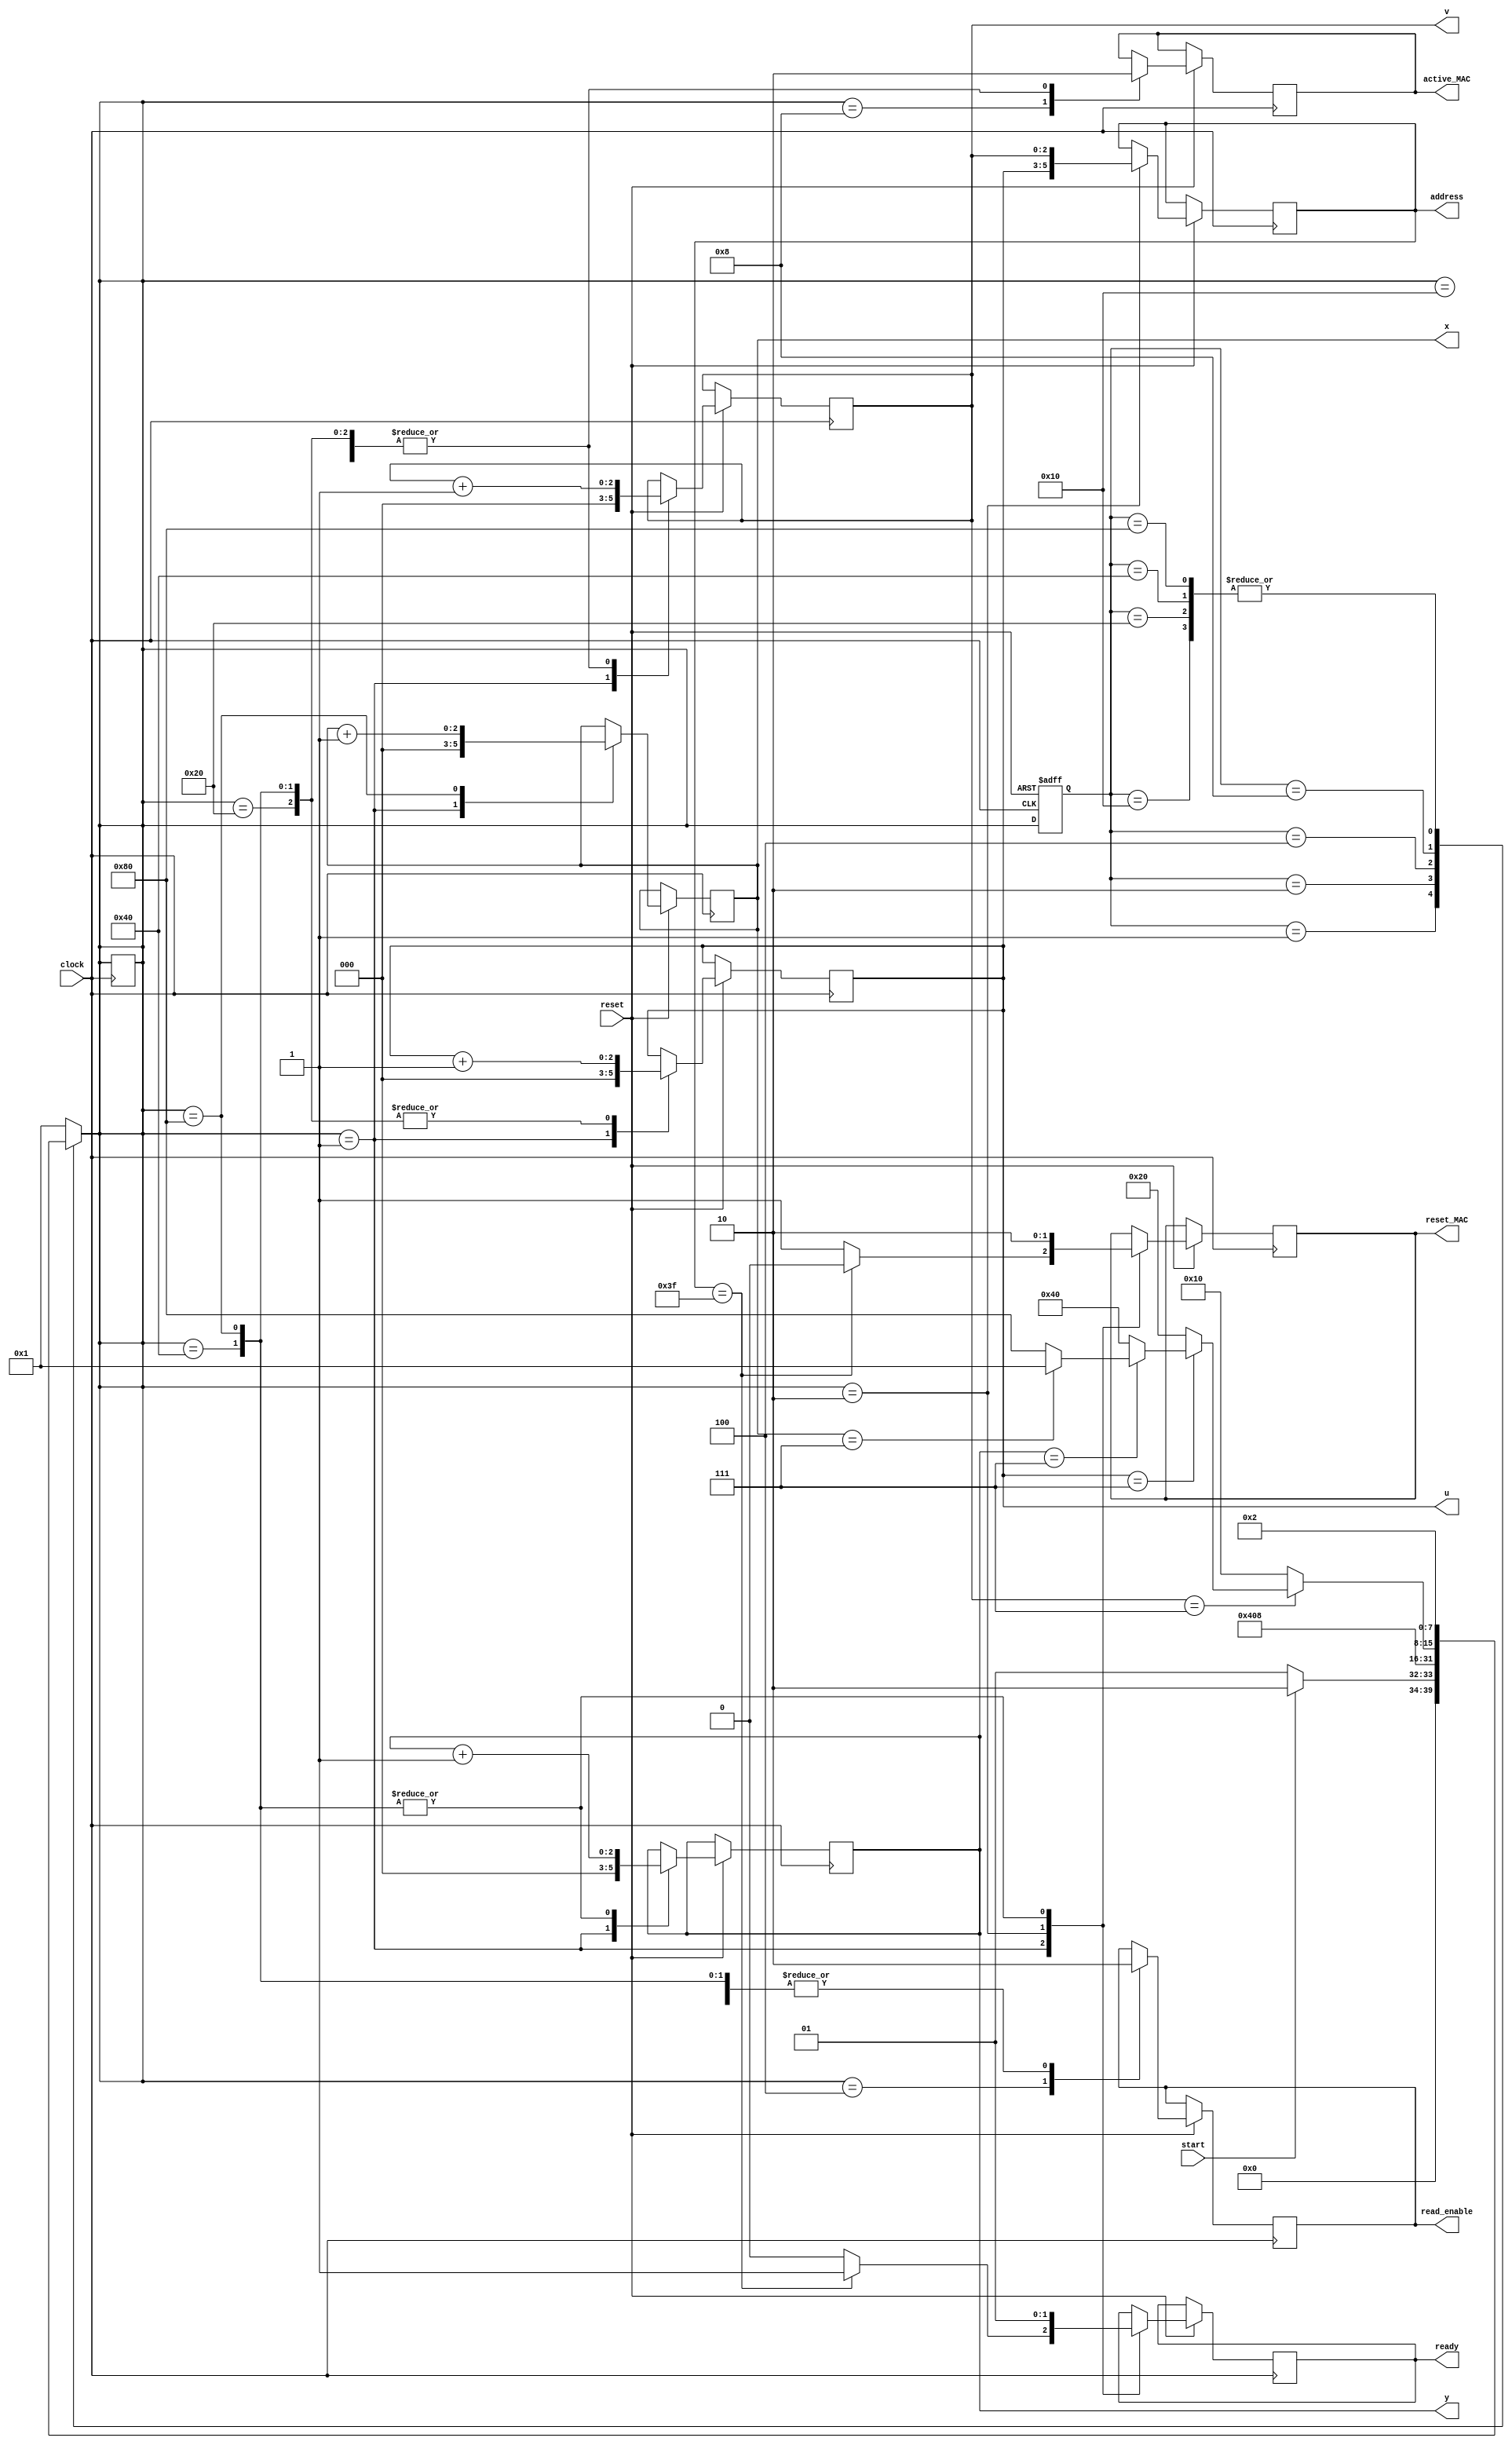
module FSM_Control(start, clock, reset, ready, u, v, x, y, active_MAC, read_enable, address, reset_MAC);
input start, clock, reset;
output reg[2:0] u, v, x, y;
output reg active_MAC, read_enable, reset_MAC, ready;
output reg[5:0] address;
reg[7:0] current_state, next_state;

parameter 
	idle_state = 8'b00000001,
	get_address = 8'b00000010,
	enable_read = 8'b00000100,
	accumulate = 8'b00001000,
	increase_v = 8'b00010000,
	increase_u = 8'b00100000,
	increase_y = 8'b01000000,
	increase_x = 8'b10000000;


always @ (current_state or start or u or v or x or y)
begin
case (current_state)
	idle_state : 
		begin 
			if (start) next_state = get_address;
			else next_state = idle_state;
		end
	get_address : 
		begin
			next_state = enable_read;
		end
	enable_read : 
		begin
			next_state = accumulate;
		end
	accumulate : 
		begin
			if (v == 3'b111)
				begin
					if (u == 3'b111) 
						begin
							if (y == 3'b111)
								begin
									if (x == 3'b111)
										begin
											next_state = idle_state;
										end
									else next_state = increase_x;
								end
							else next_state = increase_y;
						end
					else next_state = increase_u;
				end
			else next_state = increase_v;
		end
	increase_v:
		begin
			next_state = get_address;
		end
	increase_u:
		begin
			next_state = get_address;
		end
	increase_y:
		begin
			next_state = get_address;
		end
	increase_x:
		begin
			next_state = get_address;
		end
	default : next_state = idle_state;
endcase
end

always @ (posedge clock or negedge reset) 
begin
	if (!reset)
		current_state <= idle_state;
	else
	begin
		current_state <= next_state;
		case (next_state)
			idle_state: 
				begin
					u <= 000;
					v <= 000;
					x <= 000;
					y <= 000;
					read_enable <= 0;

					if (address == 6'b111111) 
					begin
						ready <= 1;
						reset_MAC <= 0;
					end
					else begin
						ready <= 0;
						reset_MAC <= 1;
					end
				end
			get_address: 
				begin
					address <= {u, v};
					reset_MAC <= 1;
					ready <= 0;
				end
			enable_read:
				begin
					read_enable <= 1;
				end
			accumulate:
				begin
					active_MAC <= 1;
				end
			increase_v:
				begin
					read_enable <= 0;
					active_MAC <= 0;
					v <= v + 1;
				end
			increase_u:
				begin
					read_enable <= 0;
					active_MAC <= 0;
					v <= v + 1;
					u <= u + 1;
				end
			increase_y:
				begin
					read_enable <= 0;
					active_MAC <= 0;
					reset_MAC <= 0;
					ready <= 1;
					v <= v + 1;
					u <= u + 1;
					y <= y + 1;
				end
			increase_x:
				begin
					read_enable <= 0;
					active_MAC <= 0;
					reset_MAC <= 0;
					ready <= 1;
					v <= v + 1;
					u <= u + 1;
					y <= y + 1;
					x <= x + 1;
				end
			default: next_state <= next_state;
		endcase
	end
end


endmodule